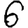
Digit: 6